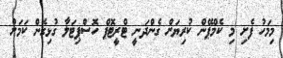
މިމަހު ފެށި މި ކެމްޕޭން ކުރިޔަށް ގެންދަނީ ޓްރީޓޮޕް ހޮސްޕިޓަލާ ގުޅިގެން ކަމަށް